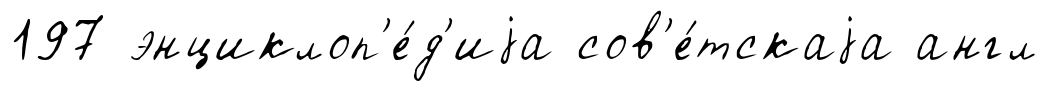
197 энциклоп'е́д'иjа сов'е́тскаjа англ